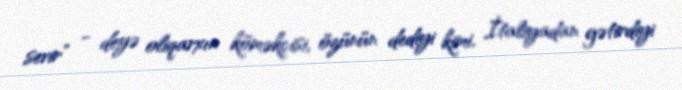
sevir” - deyə oliqarxın köməkçisi, özünün dediyi kimi, İtaliyadan gətirdiyi